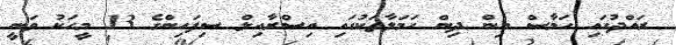
ރައްދުގައި ހަމާސް އިން ދިން ހަމަލާތަކުގައި އިސްރާއިލް ސިފައިންގެ 13 މީހަކު ވަނީ